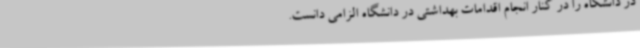
در دانشگاه را در کنار انجام اقدامات بهداشتی در دانشگاه الزامی دانست.